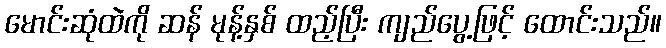
မောင်းဆုံထဲကို ဆန် မုန့်နှစ် ထည့်ပြီး ကျည်ပွေ့ဖြင့် ထောင်းသည်။